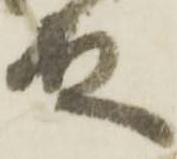
殿